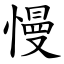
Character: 慢